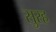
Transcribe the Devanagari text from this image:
सुरह